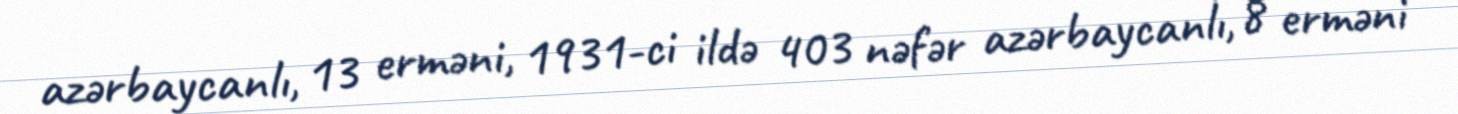
azərbaycanlı, 13 erməni, 1931-ci ildə 403 nəfər azərbaycanlı, 8 erməni